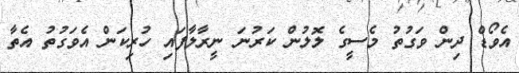
އެވޯޑް ދިން ވަގުތު މެސީގެ ލޮލުން ކަރުނަ ނީރާލާފައި ހުރިކަން އެވަގުތު އެތާ